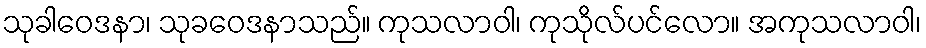
သုခါဝေဒနာ၊ သုခဝေဒနာသည်။ ကုသလာဝါ၊ ကုသိုလ်ပင်လော။ အကုသလာဝါ၊